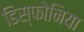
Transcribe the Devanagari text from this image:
डिस्फोनिया